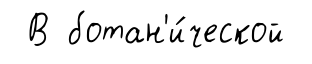
В ботан'и́ческой